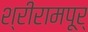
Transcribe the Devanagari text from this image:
श्रीरामपूर्